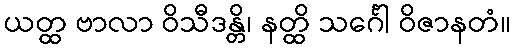
ယတ္ထ ဗာလာ ဝိသီဒန္တိ၊ နတ္ထိ သင်္ဂေါ ဝိဇာနတံ။